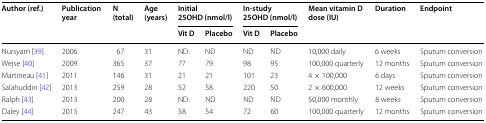
<table><thead><tr><td rowspan="2"><b>Author (ref.)</b></td><td rowspan="2"><b>Publication year</b></td><td rowspan="2"><b>N (total)</b></td><td rowspan="2"><b>Age (years)</b></td><td colspan="2"><b>Initial 25OHD (nmol/l)</b></td><td colspan="2"><b>In-study 25OHD (nmol/l)</b></td><td rowspan="2"><b>Mean vitamin D dose (IU)</b></td><td rowspan="2"><b>Duration</b></td><td rowspan="2"><b>Endpoint</b></td></tr><tr><td><b>Vit D</b></td><td><b>Placebo</b></td><td><b>Vit D</b></td><td><b>Placebo</b></td></tr></thead><tbody><tr><td>Nursyam [39]</td><td>2006</td><td>67</td><td>31</td><td>ND</td><td>ND</td><td>ND</td><td>ND</td><td>10,000 daily</td><td>6 weeks</td><td>Sputum conversion</td></tr><tr><td>Wejse [40]</td><td>2009</td><td>365</td><td>37</td><td>77</td><td>79</td><td>98</td><td>95</td><td>100,000 quarterly</td><td>12 months</td><td>Sputum conversion</td></tr><tr><td>Martineau [41]</td><td>2011</td><td>146</td><td>31</td><td>21</td><td>21</td><td>101</td><td>23</td><td>4 × 100,000</td><td>6 days</td><td>Sputum conversion</td></tr><tr><td>Salahuddin [42]</td><td>2013</td><td>259</td><td>28</td><td>52</td><td>58</td><td>220</td><td>50</td><td>2 × 600,000</td><td>12 weeks</td><td>Sputum conversion</td></tr><tr><td>Ralph [43]</td><td>2013</td><td>200</td><td>28</td><td>ND</td><td>ND</td><td>ND</td><td>ND</td><td>50,000 monthly</td><td>8 weeks</td><td>Sputum conversion</td></tr><tr><td>Daley [44]</td><td>2015</td><td>247</td><td>43</td><td>58</td><td>54</td><td>72</td><td>60</td><td>100,000 quarterly</td><td>12 months</td><td>Sputum conversion</td></tr></tbody></table>